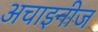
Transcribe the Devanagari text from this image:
अचाइनीज